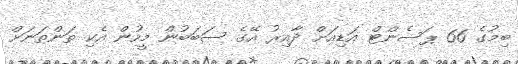
ބިމުގެ 66 ޕަސެންޓް އަޑިއަށް ދާއިރު އޭގެ ސަބަބުން މީހުން އެކި ތަންތަނަށް